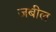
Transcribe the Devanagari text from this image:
जबील